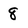
Character: 8